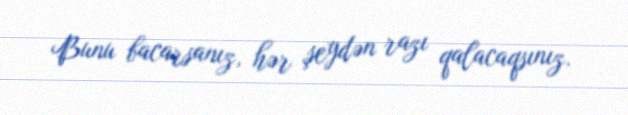
Bunu bacarsanız, hər şeydən razı qalacaqsınız.